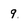
Character: 9